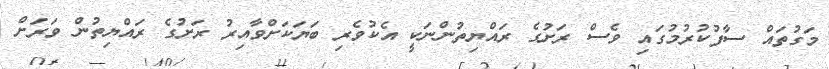
މަގުތައް ސާފުކުރުމުގައި ވެސް ރަށުގެ ރައްޔިތުންނަކީ އެކުވެރި ބަޔަކަށްވާއިރު ރަށުގެ ރައްޔިތުން ވަރަށް